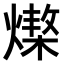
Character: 𤏆